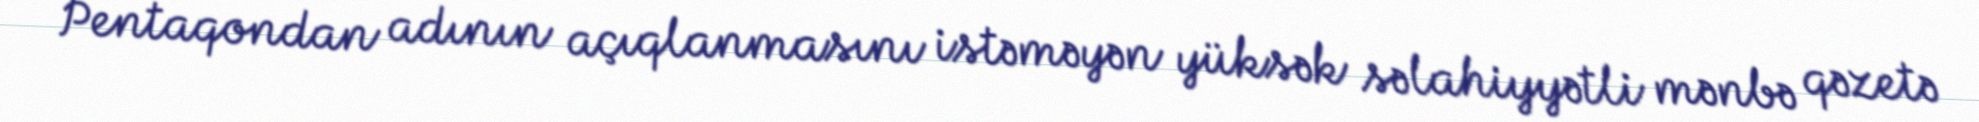
Pentaqondan adının açıqlanmasını istəməyən yüksək səlahiyyətli mənbə qəzetə